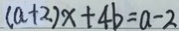
( a + 2 ) x + 4 b = a - 2